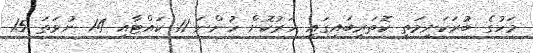
މަހުގެ ބުރަކަށިމަތީ ކޮތަރިބައިގައި ހަރުކޮށް ހުންނަ 11 ކައްޓާއި 14 ނުވަތަ 15